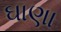
ઘાણા